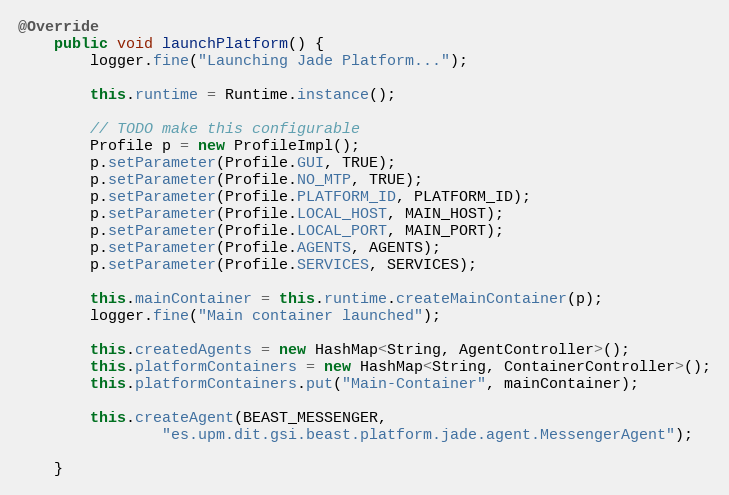
Language: Java
@Override
    public void launchPlatform() {
        logger.fine("Launching Jade Platform...");

        this.runtime = Runtime.instance();

        // TODO make this configurable
        Profile p = new ProfileImpl();
        p.setParameter(Profile.GUI, TRUE);
        p.setParameter(Profile.NO_MTP, TRUE);
        p.setParameter(Profile.PLATFORM_ID, PLATFORM_ID);
        p.setParameter(Profile.LOCAL_HOST, MAIN_HOST);
        p.setParameter(Profile.LOCAL_PORT, MAIN_PORT);
        p.setParameter(Profile.AGENTS, AGENTS);
        p.setParameter(Profile.SERVICES, SERVICES);

        this.mainContainer = this.runtime.createMainContainer(p);
        logger.fine("Main container launched");

        this.createdAgents = new HashMap<String, AgentController>();
        this.platformContainers = new HashMap<String, ContainerController>();
        this.platformContainers.put("Main-Container", mainContainer);

        this.createAgent(BEAST_MESSENGER,
                "es.upm.dit.gsi.beast.platform.jade.agent.MessengerAgent");

    }